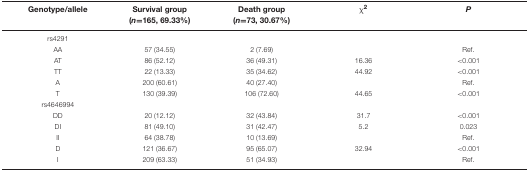
<table><thead><tr><td><b>Genotype/allele</b></td><td><b>Survival group</b></td><td><b>Death group</b></td><td><b>χ<sup>2</sup></b></td><td><b><i>P</i></b></td></tr><tr><td></td><td><b>(<i>n</i>=165, 69.33%)</b></td><td><b>(<i>n</i>=73, 30.67%)</b></td><td></td><td></td></tr></thead><tbody><tr><td>rs4291</td><td></td><td></td><td></td><td></td></tr><tr><td>AA</td><td>57 (34.55)</td><td>2 (7.69)</td><td></td><td>Ref.</td></tr><tr><td>AT</td><td>86 (52.12)</td><td>36 (49.31)</td><td>16.36</td><td>&lt;0.001</td></tr><tr><td>TT</td><td>22 (13.33)</td><td>35 (34.62)</td><td>44.92</td><td>&lt;0.001</td></tr><tr><td>A</td><td>200 (60.61)</td><td>40 (27.40)</td><td></td><td>Ref.</td></tr><tr><td>T</td><td>130 (39.39)</td><td>106 (72.60)</td><td>44.65</td><td>&lt;0.001</td></tr><tr><td>rs4646994</td><td></td><td></td><td></td><td></td></tr><tr><td>DD</td><td>20 (12.12)</td><td>32 (43.84)</td><td>31.7</td><td>&lt;0.001</td></tr><tr><td>DI</td><td>81 (49.10)</td><td>31 (42.47)</td><td>5.2</td><td>0.023</td></tr><tr><td>II</td><td>64 (38.78)</td><td>10 (13.69)</td><td></td><td>Ref.</td></tr><tr><td>D</td><td>121 (36.67)</td><td>95 (65.07)</td><td>32.94</td><td>&lt;0.001</td></tr><tr><td>I</td><td>209 (63.33)</td><td>51 (34.93)</td><td></td><td>Ref.</td></tr></tbody></table>